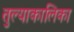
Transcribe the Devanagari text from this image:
तुल्याकालिका